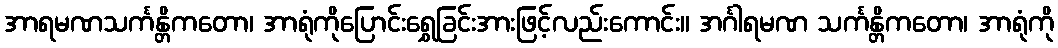
အာရမဏသင်္ကန္တိကတော၊ အာရုံကိုပြောင်းရွှေခြင်းအားဖြင့်လည်းကောင်း။ အင်္ဂါရမဏ သင်္ကန္တိကတော၊ အာရုံကို